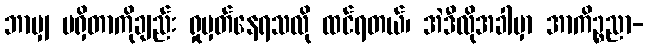
ဘာမျှ မရှိတာကိုချည်း ရှုမှတ်နေရသလို ထင်ရတယ်၊ အဲဒီလိုအခါမှာ အာကိဉ္စညာ-